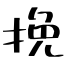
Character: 挽